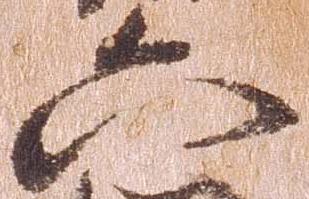
六